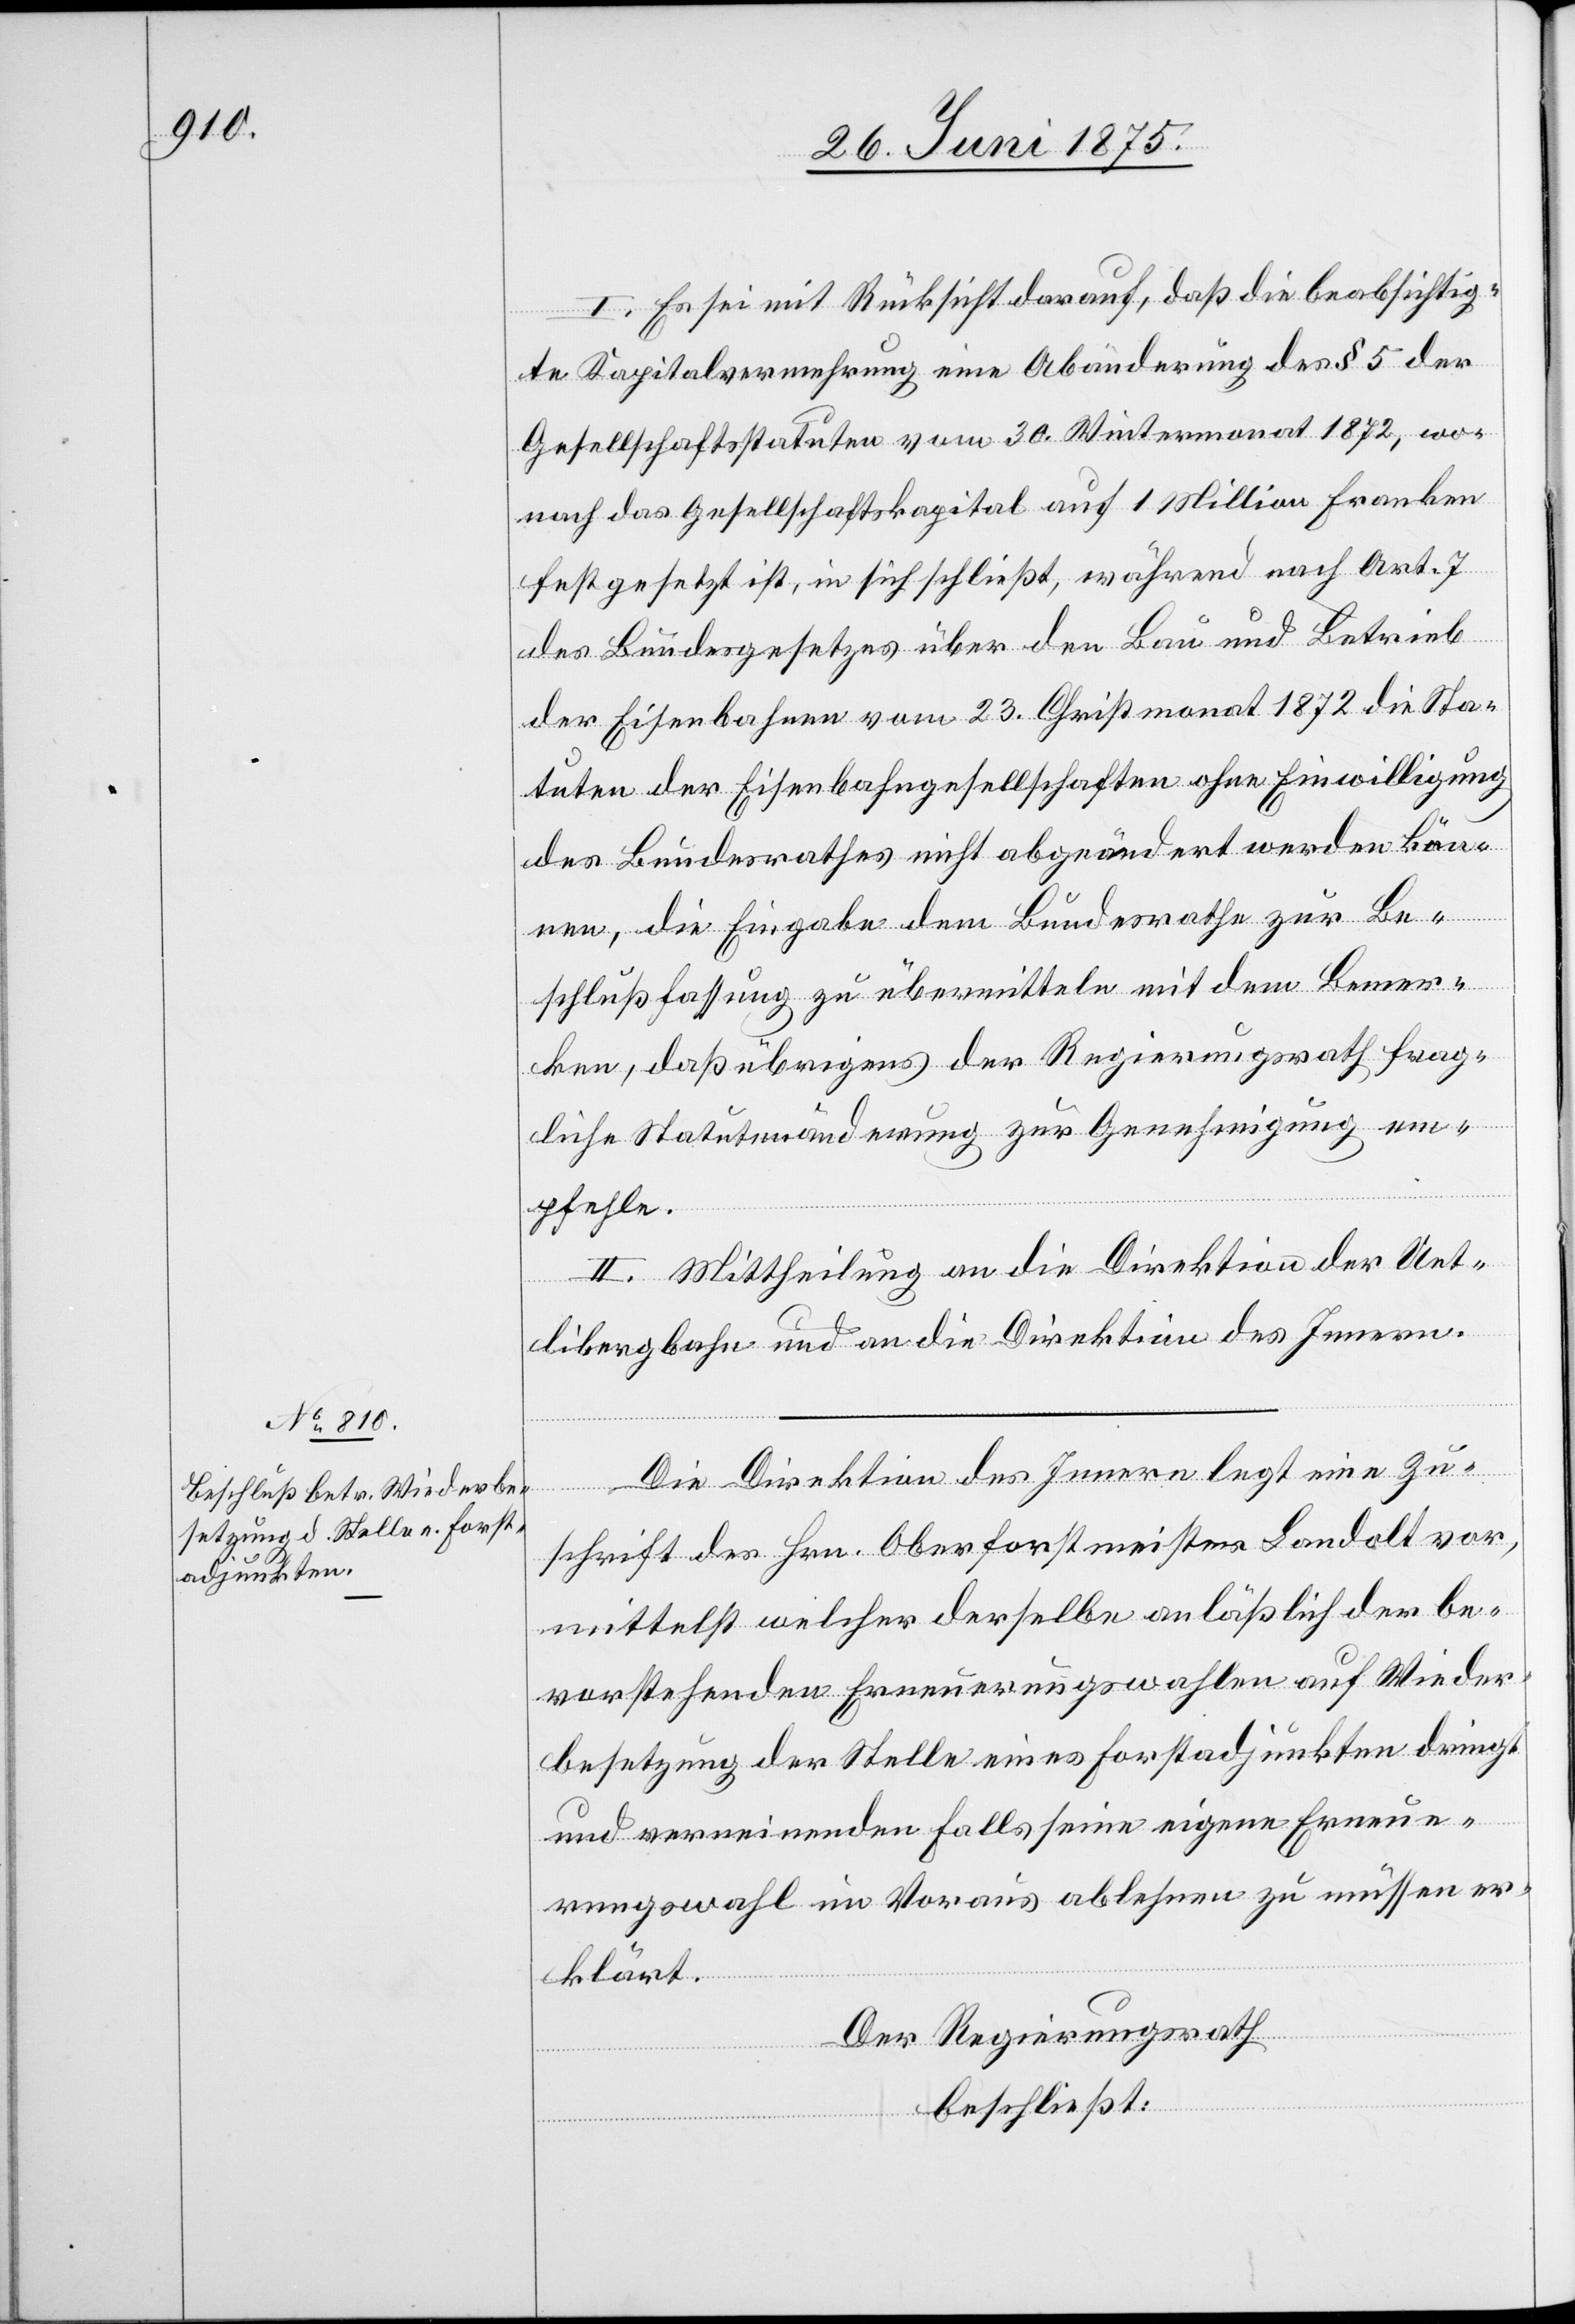
I. Es sei mit Rücksicht darauf, daß die beabsichtig¬
te Kapitalvermehrung eine Abänderung des § 5 der
Gesellschaftsstatuten vom 30. Wintermonat 1872, wo¬
nach das Gesellschaftskapital auf 1 Million Franken
festgesetzt ist, in sich schließt, während nach Art. 7
des Bundesgesetzes über den Bau und Betrieb
der Eisenbahnen vom 23. Christmonat 1872 die Sta¬
tuten der Eisenbahngesellschaften ohne Einwilligung
des Bundesrathes nicht abgeändert werden kön¬
nen, die Eingabe dem Bundesrathe zur Be¬
schlußfassung übermitteln mit dem Bemer¬
ken, daß übrigens der Regierungsrath frag¬
liche Statutenänderung zur Genehmigung em¬
pfehle.
II. Mittheilung an die Direktion der Uet¬
libergbahn und an die Direktion des Innern.
Die Direktion des Innern legt eine Zu¬
schrift des Hrn. Oberforstmeisters Landolt vor,
mittelst welcher derselbe anläßlich der be¬
vorstehenden Erneuerungswahlen auf Wieder¬
besetzung der Stelle eines Forstadjunkten dringt
und verneinenden Falls seine eigene Erneue¬
rungswahl im Voraus ablehnen zu müssen er¬
klärt.
Der Regierungsrath
beschließt: